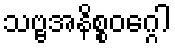
သဗ္ဗအနိစ္စဝဂ္ဂေါ